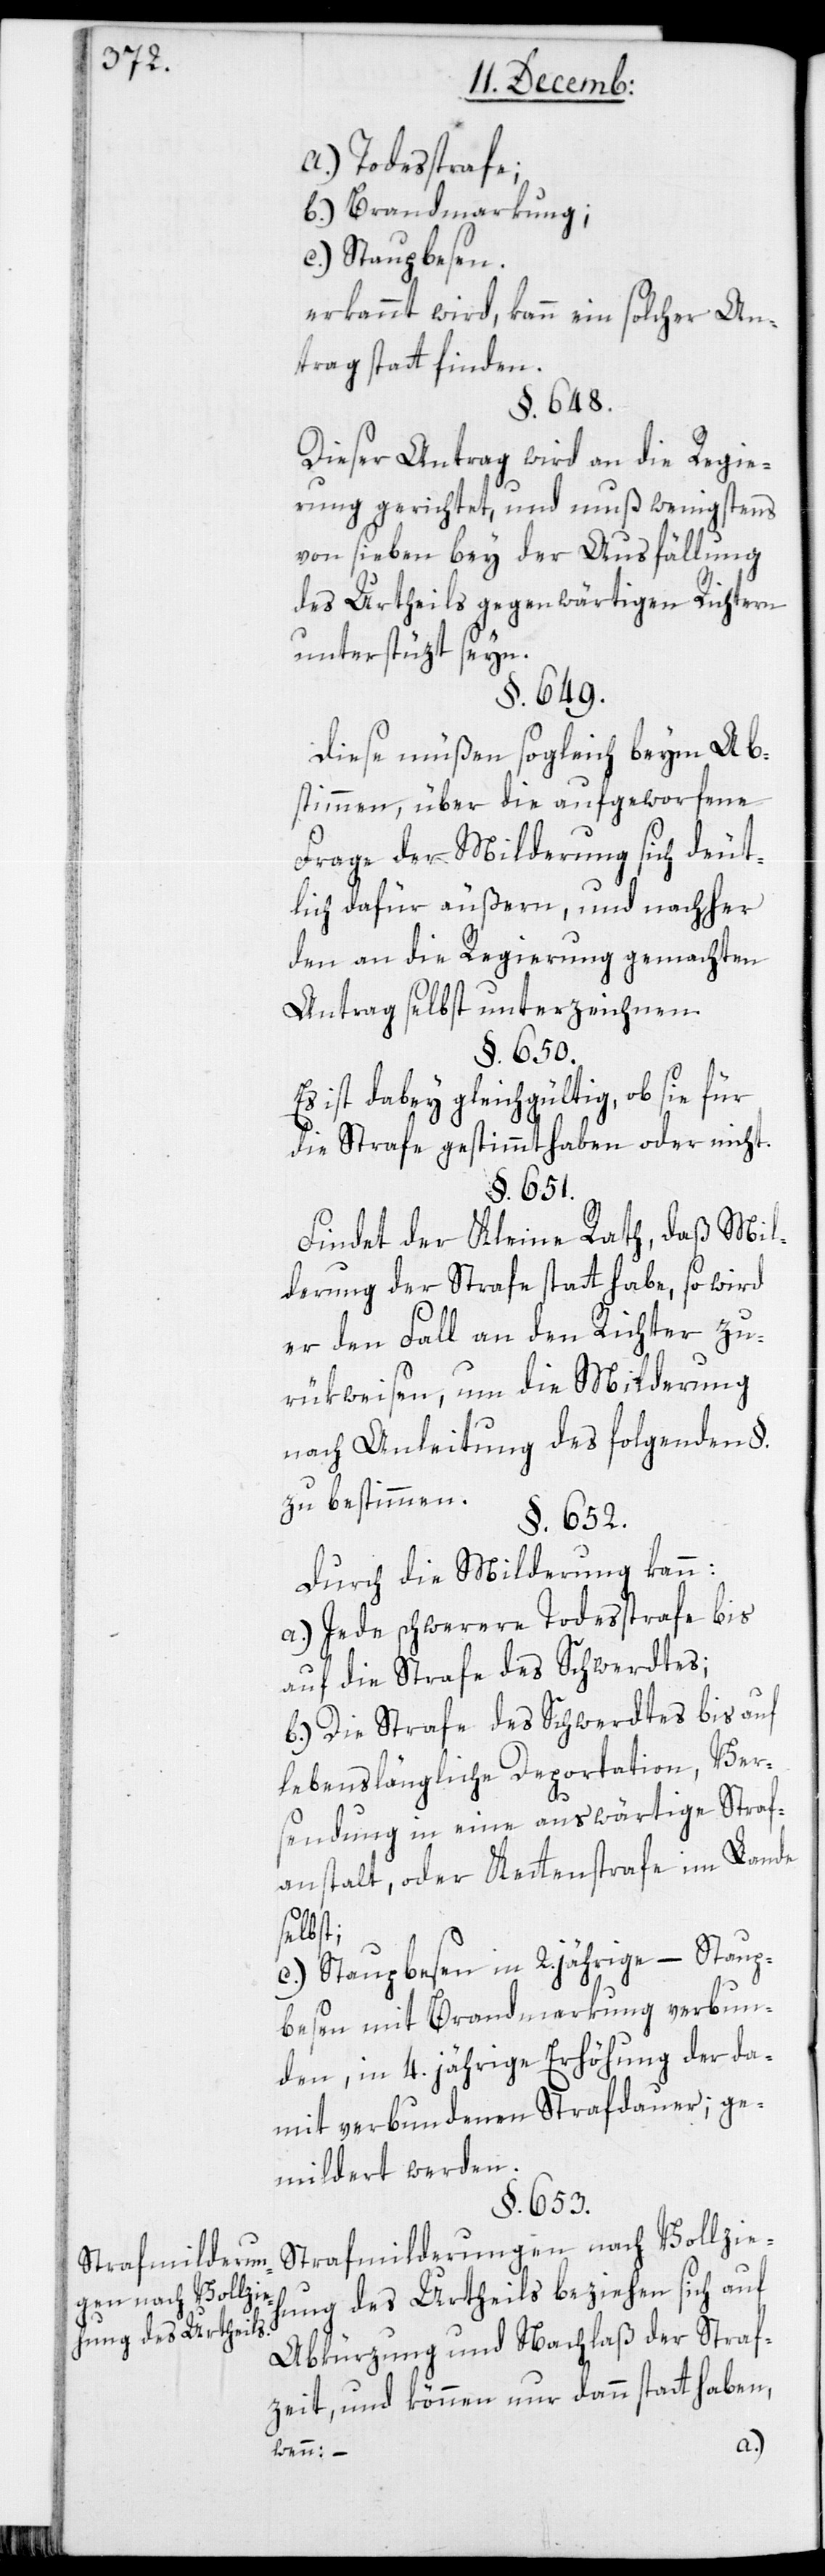
hung des Urtheils.

a.) Todesstrafe;
b.) Brandmarkung;
c.) Staupbesen;
erkennt wird, kann ein solcher An¬
trag stattfinden.
§. 648.
Dieser Antrag wird an die Regie¬
rung gerichtet, und muß wenigstens
von sieben bey der Ausfällung
des Urtheils gegenwärtigen Richtern
unterstüzt seyn.
§. 649.
Diese müßen sogleich beym Ab¬
stimmen über die aufgeworfene
Frage der Milderung sich deut¬
lich dafür äußern, und nachher
den an die Regierung gemachten
Antrag selbst unterzeichnen.
§. 650.
Es ist dabey gleichgültig, ob sie für
die Strafe gestimmt haben oder nicht.
§. 651.
Findet der Kleine Rath, daß Mil¬
derung der Strafe statt habe, so wird
er den Fall an den Richter zu¬
rükweisen, um die Milderung
nach Anleitung des folgenden §.
zu bestimmen.
§. 652.
Durch die Milderung kann:
a.) Jede schwere Todesstrafe bis
auf die Strafe des Schwerdtes;
b.) Die Strafe des Schwerdtes bis auf
lebenslängliche Deportation, Ver¬
sendung in eine auswärtige Straf¬
anstalt, oder Kettenstrafe im Lande
s¬
elbst;
c.) Staupbesen in 2. jährige – Staup¬
besen mit Brandmarkung verbun¬
den, in 4. jährige Erhöhung der da¬
mit verbundenen Strafdauer, ge¬
mildert werden.
§. 653.
Strafmilderungen nach Vollzie¬
hung des Urtheils beziehen sich auf
Abkürzung und Nachlaß der Straf¬
zeit, und können nur dann statthaben,
wenn: